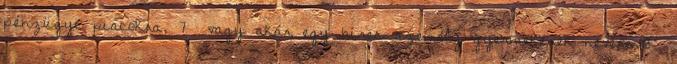
pénzügyi piacokra, 7 vagy akár egy híres személy gyermekének nevére 8